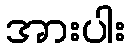
အားပါး